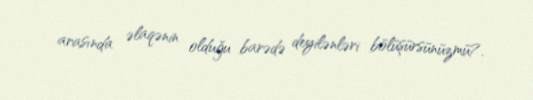
arasında əlaqənin olduğu barədə deyilənləri bölüşürsünüzmü?.